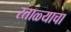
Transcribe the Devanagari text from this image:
रताळ्याचा